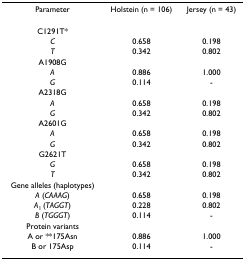
<table><thead><tr><td><b>Parameter</b></td><td><b>Holstein (n = 106)</b></td><td><b>Jersey (n = 43)</b></td></tr></thead><tbody><tr><td>C1291T*</td><td></td><td></td></tr><tr><td><i>C</i></td><td>0.658</td><td>0.198</td></tr><tr><td><i>T</i></td><td>0.342</td><td>0.802</td></tr><tr><td>A1908G</td><td></td><td></td></tr><tr><td><i>A</i></td><td>0.886</td><td>1.000</td></tr><tr><td><i>G</i></td><td>0.114</td><td>-</td></tr><tr><td>A2318G</td><td></td><td></td></tr><tr><td><i>A</i></td><td>0.658</td><td>0.198</td></tr><tr><td><i>G</i></td><td>0.342</td><td>0.802</td></tr><tr><td>A2601G</td><td></td><td></td></tr><tr><td><i>A</i></td><td>0.658</td><td>0.198</td></tr><tr><td><i>G</i></td><td>0.342</td><td>0.802</td></tr><tr><td>G2621T</td><td></td><td></td></tr><tr><td><i>G</i></td><td>0.658</td><td>0.198</td></tr><tr><td><i>T</i></td><td>0.342</td><td>0.802</td></tr><tr><td>Gene alleles (haplotypes)</td><td></td><td></td></tr><tr><td><i>A </i>(<i>CAAAG</i>)</td><td>0.658</td><td>0.198</td></tr><tr><td><i>A</i><sub>1 </sub>(<i>TAGGT</i>)</td><td>0.228</td><td>0.802</td></tr><tr><td><i>B </i>(<i>TGGGT</i>)</td><td>0.114</td><td>-</td></tr><tr><td>Protein variants</td><td></td><td></td></tr><tr><td>A or **175Asn</td><td>0.886</td><td>1.000</td></tr><tr><td>B or 175Asp</td><td>0.114</td><td>-</td></tr></tbody></table>